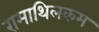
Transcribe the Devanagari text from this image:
रामाथिलकम